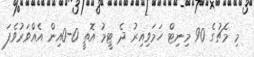
މި މެޗުގެ 90 މިނިޓް ހަމަވިއިރު ދެ ޓީމު އޮތީ 0-0އިން އެއްވަރުވެފަ